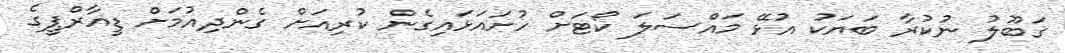
ގަބޫލު ނުކުރާ ބަޔަކު އުޅޭ މައްސަލަ ކޯޓަށް ހުށައަޅައިގެން ކުރިއަށް ގެންދިއުމަށް ޑީއާރްޕީގެ